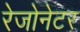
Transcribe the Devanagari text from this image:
रेजोनेटर